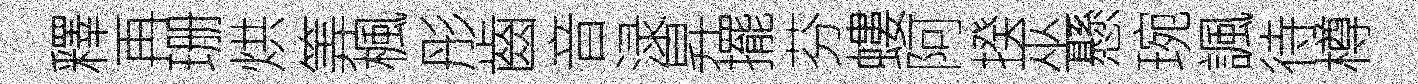
釋再珊烘筭楓彤齒音渌昇擺芬螻阿揆巫懸琬諷待樽